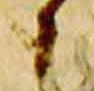
之